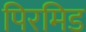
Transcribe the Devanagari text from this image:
पिरमिड